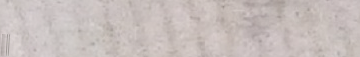
Open 24 Hours